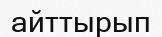
айттырып